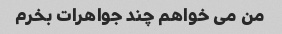
من می خواهم چند جواهرات بخرم